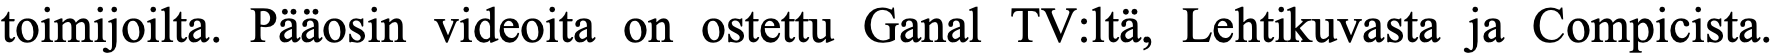
toimijoilta. Pääosin videoita on ostettu Ganal TV:ltä, Lehtikuvasta ja Compicista.